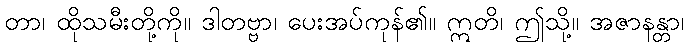
တာ၊ ထိုသမီးတို့ကို။ ဒါတဗ္ဗာ၊ ပေးအပ်ကုန်၏။ ဣတိ၊ ဤသို့။ အဇာနန္တာ၊